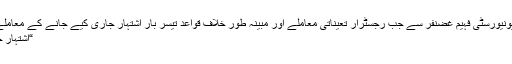
“ورلڈ ویوز اردو” نے رجسٹرار کوٹلی یونیورسٹی فہیم غضنفر سے جب رجسٹرار تعیناتی معاملے اور مبینہ طور خلاف قواعد تیسر بار اشتہار جاری کیے جانے کے معاملے پر موقف لینا چاہا تو تو انہوں نے کہا
“اشتہار جاری کردیاگیا ہے تو اب کونسا موقف؟